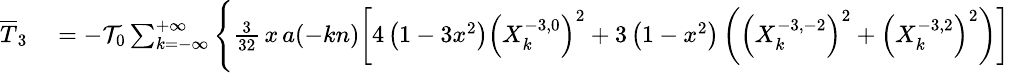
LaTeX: \small\begin{array}{rl}{\overline{T}_{3}}&{{}=-{\cal T}_{0}\sum_{k=-\infty}^{+\infty}\Bigg\{ \frac{3}{32}\, x\, a(-kn)\bigg[4\left(1-3x^{2}\right)\left(X_{k}^{-3,0}\right)^{2}+3\left(1-x^{2}\right)\left(\left(X_{k}^{-3,-2}\right)^{2}+\left(X_{k}^{-3,2}\right)^{2}\right)\bigg]}\end{array}